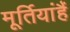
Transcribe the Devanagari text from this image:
मूर्तियांहैं